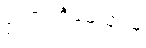
ဥပသင်္ကမေယျာမ